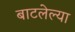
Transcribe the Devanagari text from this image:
बाटलेल्या